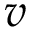
v